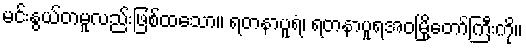
မင်းနွယ်တမူလည်းဖြစ်ထသော။ ရတနာပူရံ၊ ရတနာပူရအဝမြို့တော်ကြီးကို။